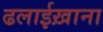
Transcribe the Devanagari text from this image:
ढलाईख़ाना